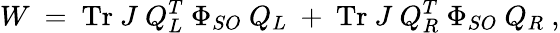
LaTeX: W~=~\mathrm{Tr}~J~Q_{L}^{T}~\Phi_{SO}~Q_{L}~+~\mathrm{Tr}~J~Q_{R}^{T}~\Phi_{SO}~Q_{R}~,